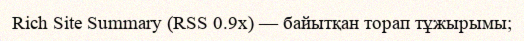
Rich Site Summary (RSS 0.9x) — байытқан торап тұжырымы;